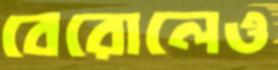
বেরোলেও